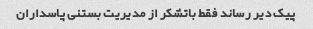
پیک دیر رساند فقط باتشکر از مدیریت بستنی پاسداران